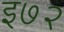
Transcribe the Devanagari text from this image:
इ७२